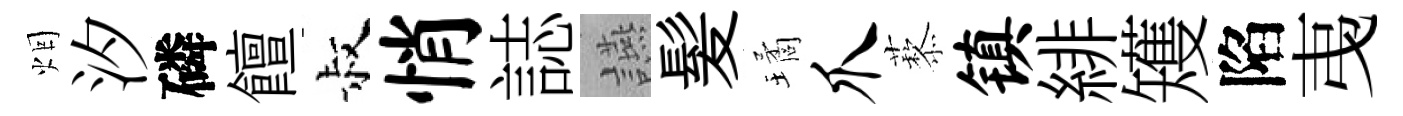
烟汐磷饘叔悄誌讌髪璚爪藜镇緋矱陷𢎯